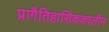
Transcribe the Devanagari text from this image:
प्रागैतिहासिककालीन